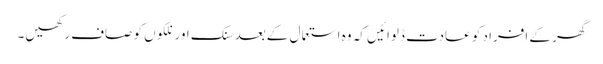
گھر کے افراد کو عادت ڈلوائیں کہ وہ استعما ل کےبعد سنک اور نلکوں کو صاف رکھیں۔